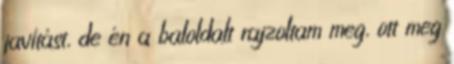
javítást, de én a baloldalt rajzoltam meg, ott meg